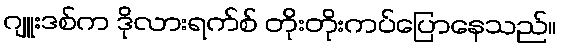
ဂျူးဒစ်က ဒိုလားရက်စ် တိုးတိုးကပ်ပြောနေသည်။